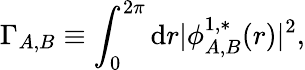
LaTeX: \Gamma_{A,B}\equiv\int_{0}^{2\pi}\mathrm{d}{r}\vert\phi_{A,B}^{1,*}({r})\vert^{2},